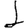
Digit: 1